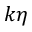
k \eta